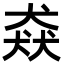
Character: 猋